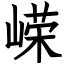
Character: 嵘